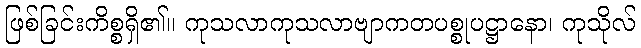
ဖြစ်ခြင်းကိစ္စရှိ၏။ ကုသလာကုသလာဗျာကတပစ္စုပဋ္ဌာနော၊ ကုသိုလ်